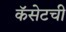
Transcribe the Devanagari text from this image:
कॅसेटची